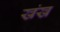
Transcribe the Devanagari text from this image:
खंख